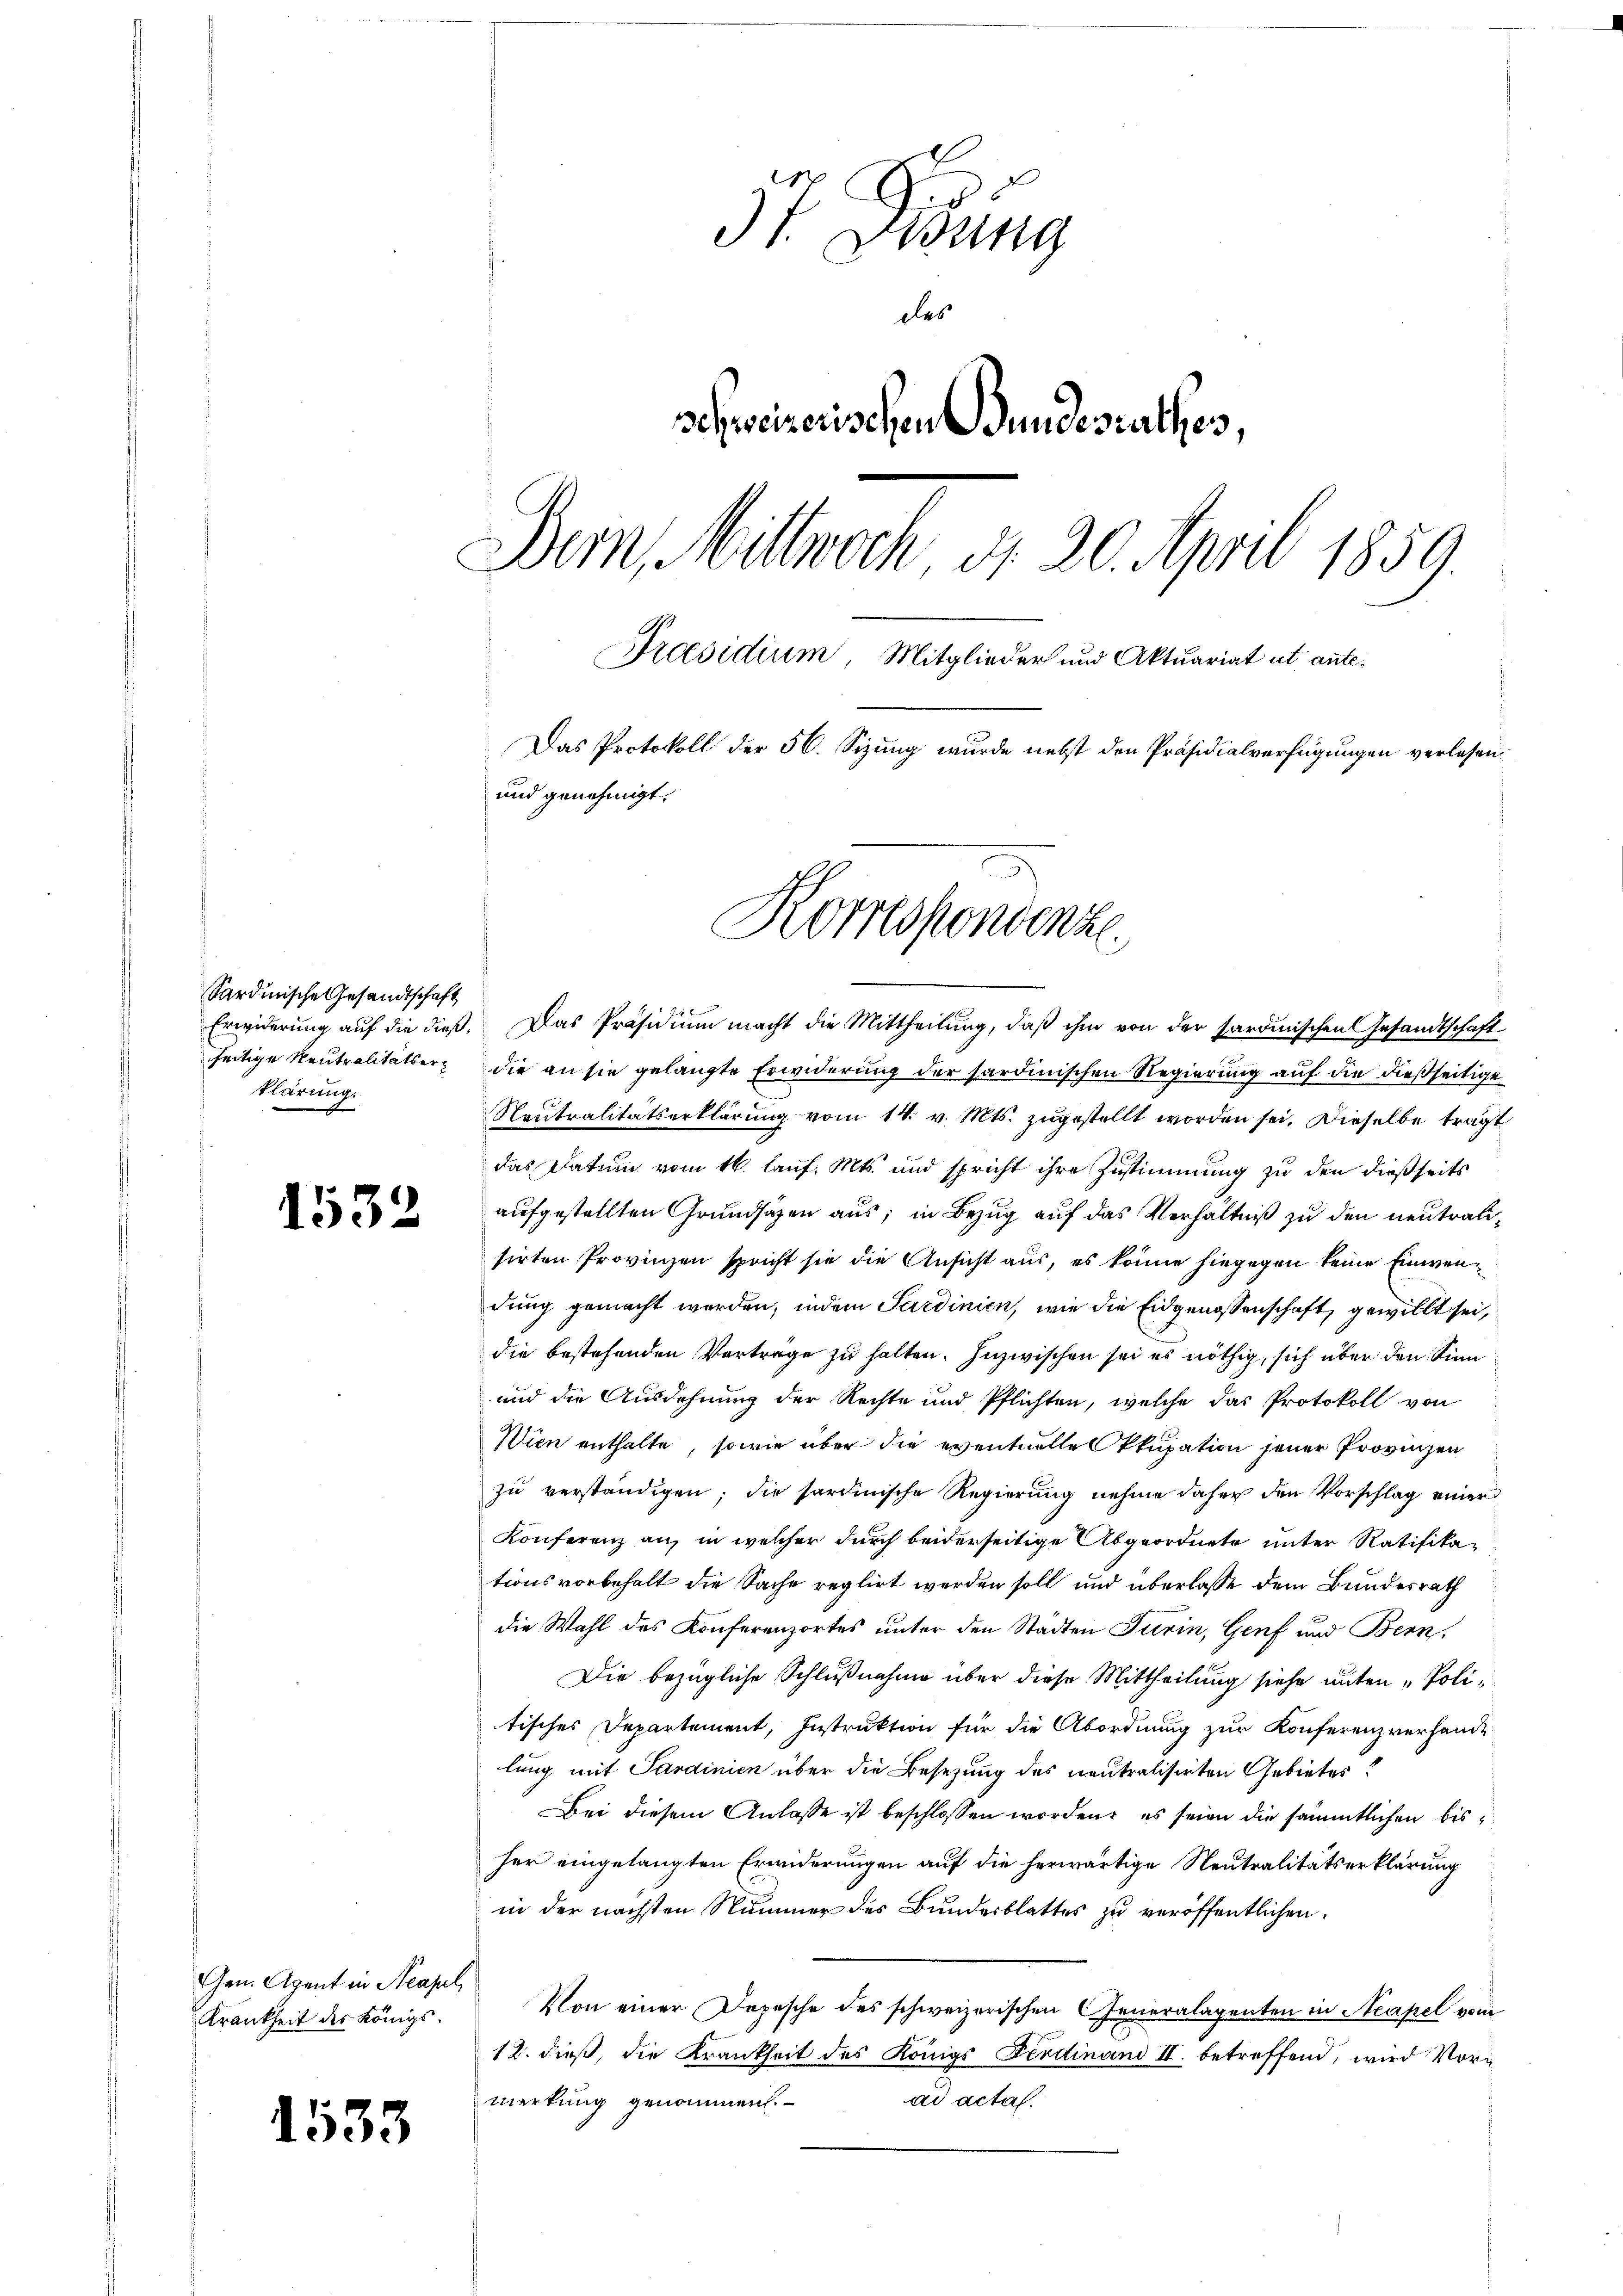
Sardinische Gesandtschaft
seitige Reutralitätserklärung.

1532

Gen. Agent in Neapel
Krankheit des Königl.

1533

d
dt. Didung
des
schweizerischen Bundesrathes,
Bern Mittwoch d. 20. April 1859.
Praesidium, Mitglieder und Aktuariat ut ante¬
Das Protokoll der 56. Sizung wurde nebst den Präsidialverfügungen verlesen.
und genehmigt.

Korrespondenze

2.
Erwiderung auf die dieß. Das Präsidium macht die Mittheilung, daß ihm von der sardinischen Gesandtschaft
die an sie gelangte Erwiderung der sardinischen Regierung auf die dießseitige
Neutralitätserklärung vom 14. v. Mts. zugestellt worden sei. Dieselbe trägt
das Datum vom 16. Lauf. Mts. und spricht ihre Zustimmung zu den dießseits
aufgestellten Grundsäzen aus; in Bezug auf das Verhältniß zu den neutralisirten Provinzen spricht sie die Ansicht aus, es könne hiegegen keine Einwendung gemacht werden, indem Sardinien, wie die Eidgenossenschaft, gewillt sei,
die bestehenden Vertrage zu halten. Inzwischen sei es nöthig, sich über den Sinn
und die Ausdehnung der Rechte und Pflichten, welche das Protokoll von
Wien enthalte, sowie über die eventuelle Okkupation jener Provinzen
zu verständigen; die sardinische Regierung nehme daher den Vorschlag einer
Konferenz an, in welcher durch beiderseitige Abgeordnete unter Ratifikationsvorbehalt die Sache reglirt werden soll und überlasse dem Bundesrath
die Wahl des Konferenzortes unter den Städten Turin, Genf und Bern,
Die bezügliche Schlußnahme über diese Mittheilung siehe unter - Politisches Departement, Instruktion für die Abordnung zur Konferenzverhande
lung mit Sardinien über die Besetzung des neutralisirten Gebietes?
Bei diesem Anlasse ist beschlossen worden, es seien die sämmtlichen bis
her eingelangten Erwiderungen auf die herwärtige Neutralitätserklärung
in der nächsten Nummer des Bundesblattes zu veröffentlichen
Von einer Depesche des schweizerischen Generalagenten in Acapel vom
12. dieß, die Krankheit des Königs Ferdinand II. betreffend, wird Vormerkung genommen.
ad actal.